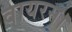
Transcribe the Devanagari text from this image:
वायरस।